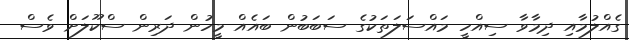
ގެއްލުމާއި ދިމާވާ ސިއްހީ މައްސަލަތަކުގެ ސަބަބުން ބައެއް މީހުން ދަރިން ސްކޫލަށް ވެސް